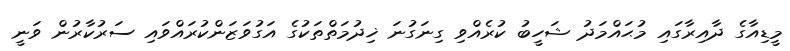
މީޑިއާގެ ދާއިރާގައި މުޙައްމަދު ޝަހީބު ކުރެއްވި ގިނަގުނަ ޚިދުމަތްތަކުގެ އަގުވަޒަންކުރައްވައި ސަރުކާރުން ވަނީ